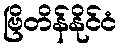
ဗြိတိန်နိုင်ငံ